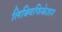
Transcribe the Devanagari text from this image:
लिक्विफिकेशन